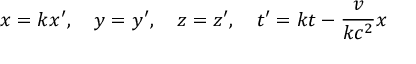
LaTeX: x = k x ^ { \prime } , \quad y = y ^ { \prime } , \quad z = z ^ { \prime } , \quad t ^ { \prime } = k t - { \frac { v } { k c ^ { 2 } } } x